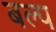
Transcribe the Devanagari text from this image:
बल्प